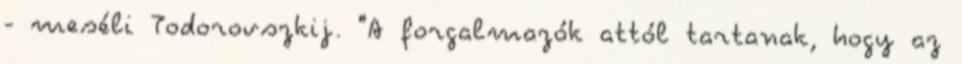
- meséli Todorovszkij. "A forgalmazók attól tartanak, hogy az